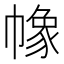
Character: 𢄵